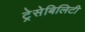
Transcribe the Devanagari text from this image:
ट्रेसेबिलिटी